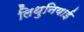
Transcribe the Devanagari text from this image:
लिथुनियाई